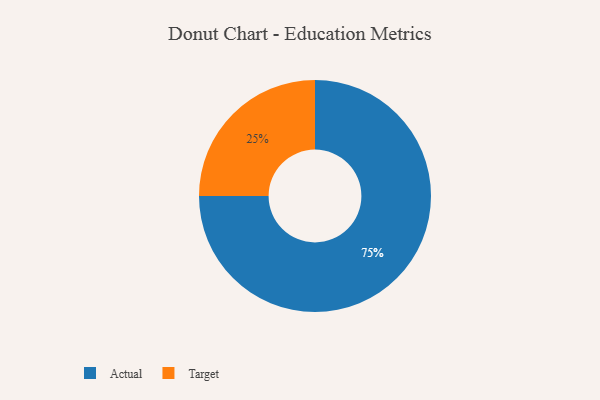
{"axis": {"x": "Category", "y": "Percentage"}, "legend": ["Actual", "Target"], "data": [{"x": "Actual", "y": 75, "type": "Actual"}, {"x": "Target", "y": 25, "type": "Target"}]}